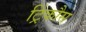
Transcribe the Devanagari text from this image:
ट्रिंकौस